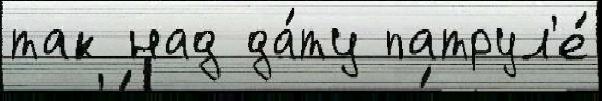
так над да́ту патрул'е́